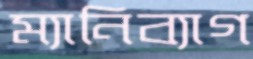
ম্যানিব্যাগ